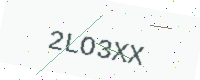
Text: 2LO3XX